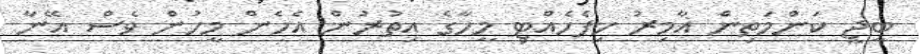
ބީޖީ ކަންމަތިން އާމިރު ހިފެހެއްޓި މީހާގެ އިތުރުން އެހެން މީހުން ވެސް އޭނާ